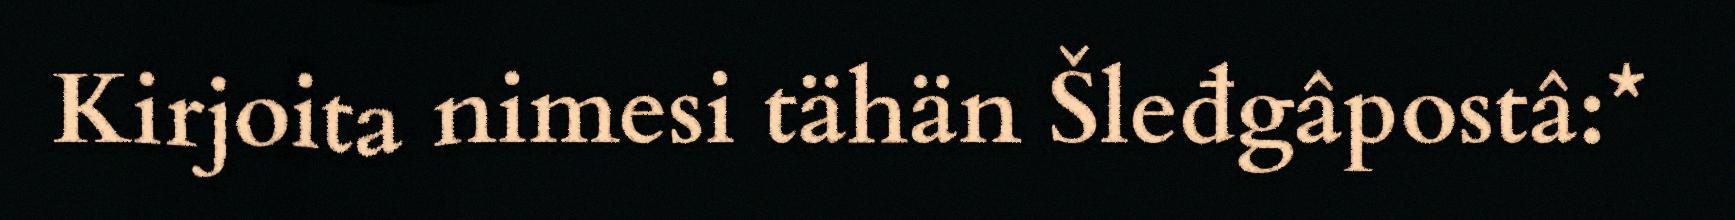
Kirjoita nimesi tähän Šleđgâpostâ:*